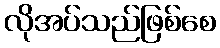
လိုအပ်သည်ဖြစ်စေ